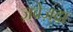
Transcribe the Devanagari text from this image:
ज़्वेज़्दा